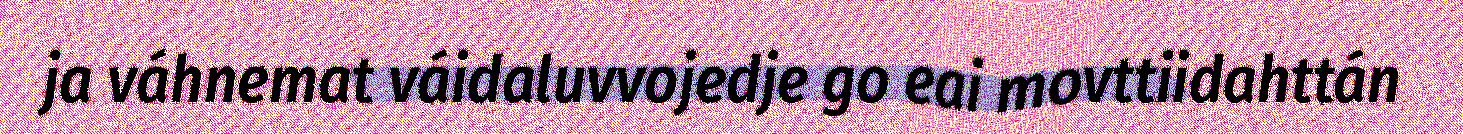
ja váhnemat váidaluvvojedje go eai movttiidahttán